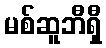
မစ်ဆူဘီရှီ